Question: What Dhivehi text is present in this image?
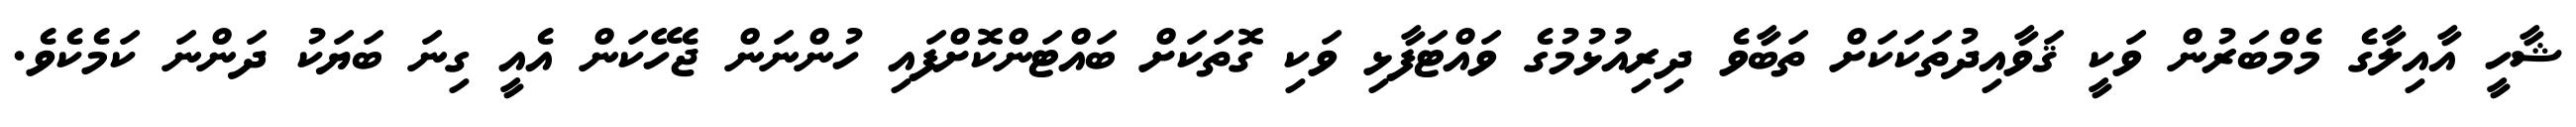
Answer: ޝާހީ އާއިލާގެ މެމްބަރުން ވަކީ ޤަވާއިދުތަކަކަށް ތަބާވެ ދިރިއުޅުމުގެ ވައްޓަފާޅި ވަކި ގޮތަކަށް ބައްޓަންކޮށްފައި ހުންނަން ޖެހޭކަން އެއީ ގިނަ ބަޔަކު ދަންނަ ކަމެކެވެ.